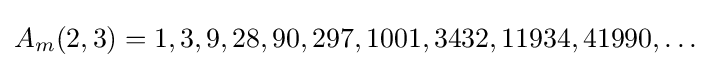
A_{m}(2,3)=1,3,9,28,90,297,1001,3432,11934,41990,\ldots